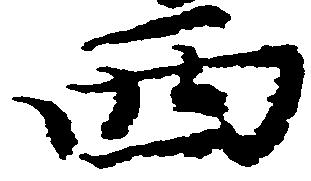
西